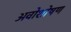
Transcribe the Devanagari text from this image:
अवोशोषण